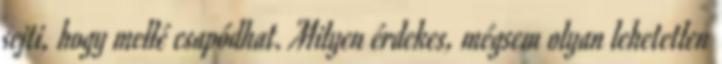
sejti, hogy mellé csapódhat. Milyen érdekes, mégsem olyan lehetetlen